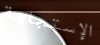
الإستجابة